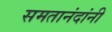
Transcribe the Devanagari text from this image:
समतानंदांनी